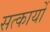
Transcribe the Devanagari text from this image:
सत्कार्यो